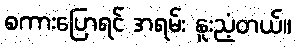
စကားပြောရင် အရမ်း နူးညံ့တယ်။